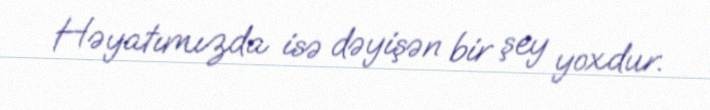
Həyatımızda isə dəyişən bir şey yoxdur.